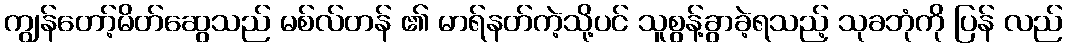
ကျွန်တော့်မိတ်ဆွေသည် မစ်လ်တန် ၏ မာရ်နတ်ကဲ့သို့ပင် သူစွန့်ခွာခဲ့ရသည့် သုခဘုံကို ပြန် လည်